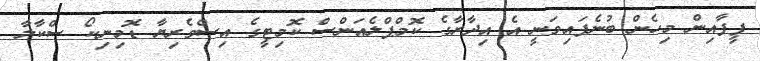
ފީފާއިން މިހެން ބުނެފައިވަނީ އެ އިދާރާގެ ކޮމްޕްލެއަންސް ކޮމިޓީގެ އިސްވެރިޔާ ޑޮމިނިކޯ ސްކާލާ